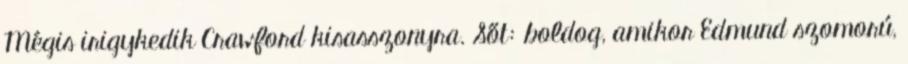
Mégis irigykedik Crawford kisasszonyra. Sőt: boldog, amikor Edmund szomorú,